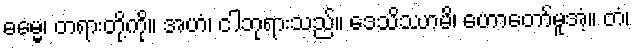
ဓမ္မေ၊ တရားတို့ကို။ အဟံ၊ ငါဘုရားသည်။ ဒေသိဿာမိ၊ ဟောတော်မူအံ့။ တံ၊